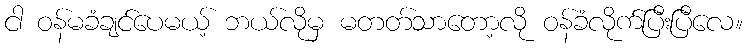
ငါ ဝန်မခံချင်ပေမယ့် ဘယ်လိုမှ မတတ်သာတော့လို ဝန်ခံလိုက်ပြီးပြီလေ။